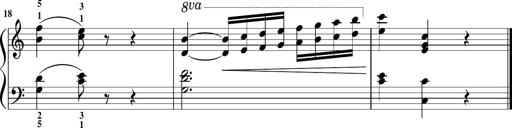
Title: Sonatina in G major
Composer: Friedrich Kuhlau
Key: G major